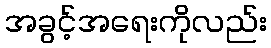
အခွင့်အရေးကိုလည်း